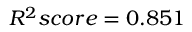
R ^ { 2 } s c o r e = 0 . 8 5 1